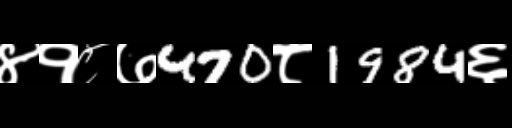
Text: ४१८७470८1984६